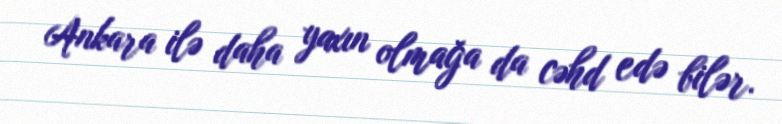
Ankara ilə daha yaxın olmağa da cəhd edə bilər.